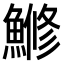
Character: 𫙯